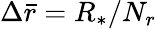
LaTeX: \Delta\bar{r}=R_{*}/N_{r}